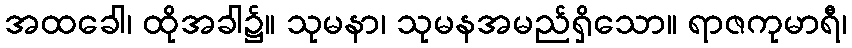
အထခေါ၊ ထိုအခါ၌။ သုမနာ၊ သုမနအမည်ရှိသော။ ရာဇကုမာရီ၊